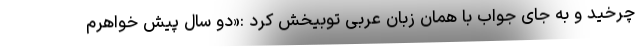
چرخید و به جای جواب با همان زبان عربی توبیخش کرد :«دو سال پیش خواهرم